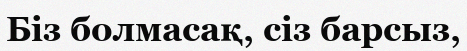
Біз болмасақ, сіз барсыз,